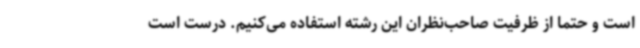
است و حتما از ظرفیت صاحب‌نظران این رشته استفاده می‌کنیم. درست است